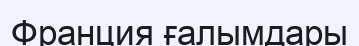
Франция ғалымдары